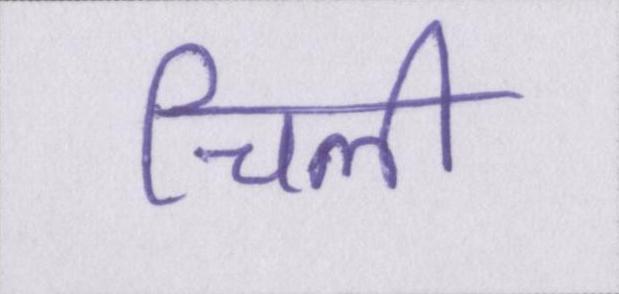
चिली